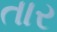
તાર